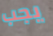
يجب